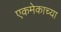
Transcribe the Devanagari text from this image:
एकमेकाच्या